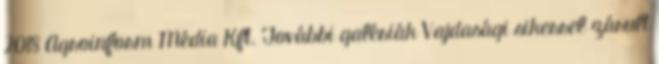
2018 Agroinform Média Kft. További galériák Vajdasági sikerrel zárult